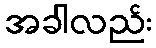
အခါလည်း